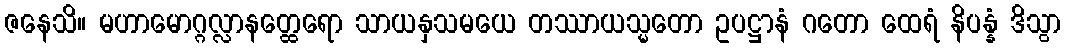
ဇနေသိ။ မဟာမောဂ္ဂလ္လာနတ္ထေရော သာယနှသမယေ တဿာယသ္မတော ဥပဋ္ဌာနံ ဂတော ထေရံ နိပန္နံ ဒိသွာ